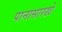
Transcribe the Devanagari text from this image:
पानासारखे